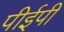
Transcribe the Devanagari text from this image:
पीईपी